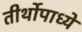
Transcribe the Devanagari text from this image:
तीर्थोपाध्ये